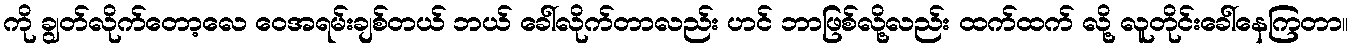
ကို ချွတ်လိုက်တော့လေ ဝေအရမ်းချစ်တယ် ဘယ် ခေါ်လိုက်တာလည်း ဟင် ဘာဖြစ်လို့လည်း ထက်ထက် လို့ လူတိုင်းခေါ်နေကြတာ။